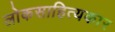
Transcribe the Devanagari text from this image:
लोकसाहित्यकार